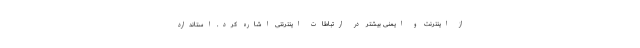
از اینترنت و ایمنی بیشتر در ارتباطات اینترنتی اشاره کرد. استاندارد